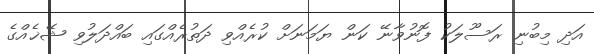
އަދި މިބުނި ރަސޫލަކު ފޮނުވާނޭ ކަން ޔަމަނަށް ކުރެއްވި ދަތުރެއްގައި ބައްދަލުވި ޝޭޚެއްގެ